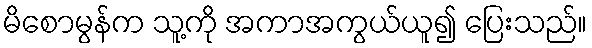
မိစောမွန်က သူ့ကို အကာအကွယ်ယူ၍ ပြေးသည်။